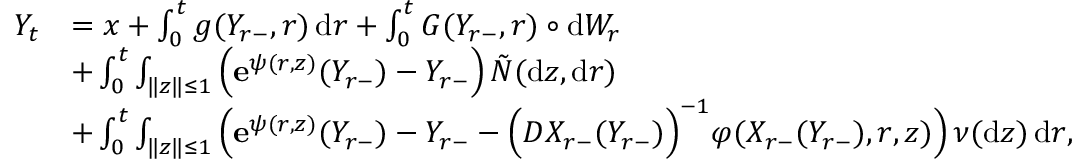
\begin{array} { r l } { Y _ { t } } & { = x + \int _ { 0 } ^ { t } g ( Y _ { r - } , r ) \, \mathrm { d } r + \int _ { 0 } ^ { t } G ( Y _ { r - } , r ) \circ \mathrm { d } W _ { r } } \\ & { + \int _ { 0 } ^ { t } \int _ { \| z \| \leq 1 } \Big ( \mathbf { e } ^ { \psi ( r , z ) } ( Y _ { r - } ) - Y _ { r - } \Big ) \, \tilde { N } ( \mathrm { d } z , \mathrm { d } r ) } \\ & { + \int _ { 0 } ^ { t } \int _ { \| z \| \leq 1 } \Big ( \mathbf { e } ^ { \psi ( r , z ) } ( Y _ { r - } ) - Y _ { r - } - \Big ( D X _ { r - } ( Y _ { r - } ) \Big ) ^ { - 1 } \varphi ( X _ { r - } ( Y _ { r - } ) , r , z ) \Big ) \, \nu ( \mathrm { d } z ) \, \mathrm { d } r , } \end{array}